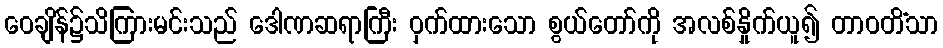
ဝေချိန်၌သိကြားမင်းသည် ဒေါဏဆရာကြီး ဝှက်ထားသော စွယ်တော်ကို အလစ်နှိုက်ယူ၍ တာဝတိံသာ